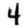
Digit: 4